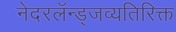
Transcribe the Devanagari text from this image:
नेदरलॅन्ड्जव्यतिरिक्त